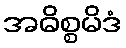
အဓိစ္စမိဒံ